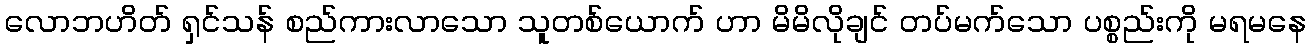
လောဘဟိတ် ရှင်သန် စည်ကားလာသော သူတစ်ယောက် ဟာ မိမိလိုချင် တပ်မက်သော ပစ္စည်းကို မရမနေ